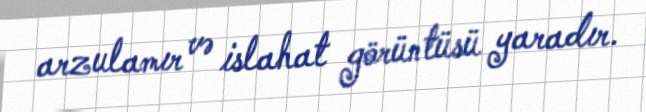
arzulamır və islahat görüntüsü yaradır.